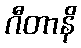
ဂီတာနိ